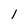
Character: l